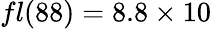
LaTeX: fl(88)=8.8\times 10